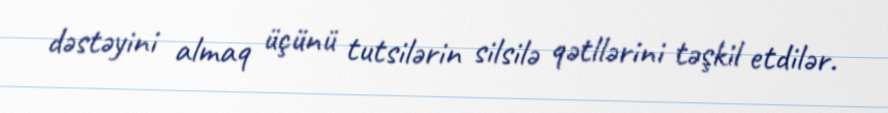
dəstəyini almaq üçünü tutsilərin silsilə qətllərini təşkil etdilər.